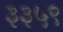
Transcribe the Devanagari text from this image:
३३५९